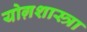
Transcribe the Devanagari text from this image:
योग़शास्त्रा